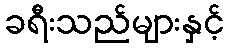
ခရီးသည်များနှင့်